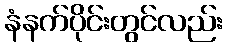
နံနက်ပိုင်းတွင်လည်း